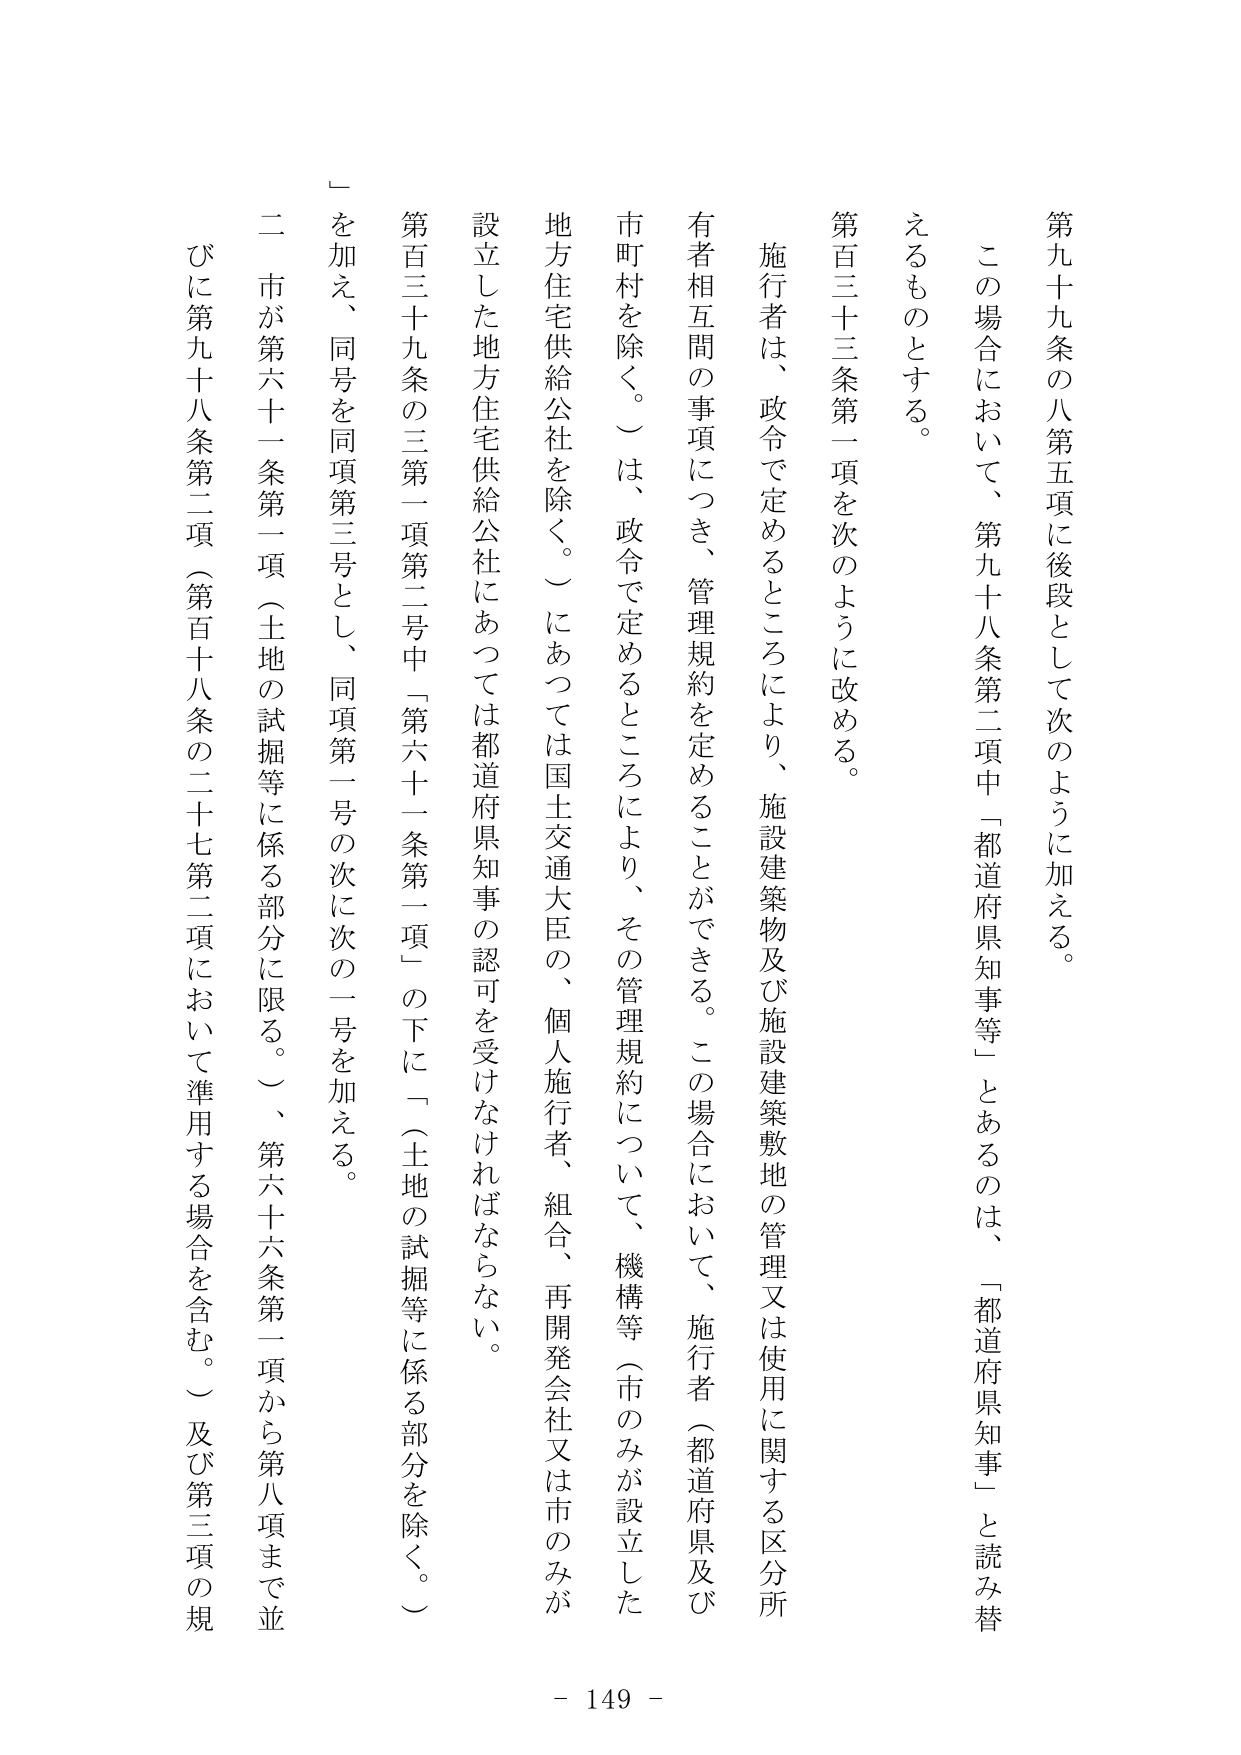
第九十九条の八第五項に後段として次のように加える。

この場合において、第九十八条第二項中「都道府県知事等」とあるのは、「都道府県知事」と読み替えるものとする。

第百三十三条第一項を次のように改める。

施行者は、政令で定めるところにより、施設建築物及び施設建築敷地の管理又は使用に関する区分所有者相互間の事項につき、管理規約を定めることができる。この場合において、施行者（都道府県及び市町村を除く。）は、政令で定めるところにより、その管理規約について、機構等（市のみが設立した地方住宅供給公社を除く。）にあっては国土交通大臣の、個人施行者、組合、再開発会社又は市のみが設立した地方住宅供給公社にあっては都道府県知事の認可を受けなければならない。

第百三十九条の三第一項第二号中「第六十一条第一項」の下に「（土地の試掘等に係る部分を除く。）」を加え、同号を同項第三号とし、同項第一号の次に次の一号を加える。

二 市が第六十一条第一項（土地の試掘等に係る部分に限る。）、第六十六条第一項から第八項まで並びに第九十八条第二項（第百十八条の二十七第二項において準用する場合を含む。）及び第三項の規

- 149 -